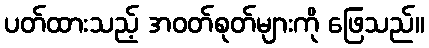
ပတ်ထားသည့် အဝတ်စုတ်များကို ဖြေသည်။